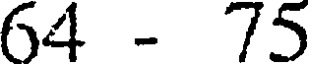
64 - 75